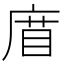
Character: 𢉧